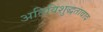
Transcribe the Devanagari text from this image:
अतिविशुद्धतावाद